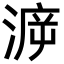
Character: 㴑